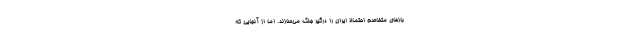
بازهای متخاصم احتمالا ایران را درگیر جنگ می‌سازند. اما از آنجایی که